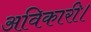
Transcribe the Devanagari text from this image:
अविकारी।